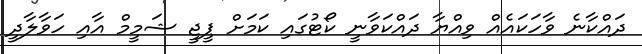
ދައްކާނެ ވާހަކައެއް ވިއްޔާ ދައްކަވާނީ ކޯޓުގައި ކަމަށް ޕީޖީ ޝަމީމް އާއި ހަވާލާދީ